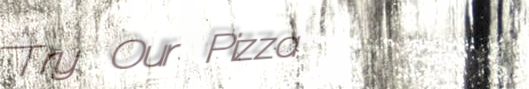
Try Our Pizza